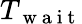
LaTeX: T_{\mathrm{~w~a~i~t~}}